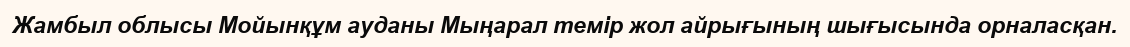
Жамбыл облысы Мойынқұм ауданы Мыңарал темір жол айрығының шығысында орналасқан.